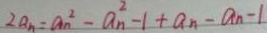
2 a _ { n } = a _ { n } ^ { 2 } - a _ { n } ^ { 2 } - 1 + a _ { n } - a _ { n } - 1